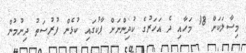
މިސާލަކަށް 18 މަހާއި ދެ އަހަރުގެ ކުދިންނަށް ޕާކުގައި ކުޅެން ފުރުސަތު ދިނުމުން